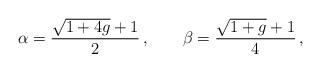
LaTeX: \begin{align*}\alpha=\frac{\sqrt{1+4g}+1}{2}\,,\qquad \beta=\frac{\sqrt{1+g}+1}{4} \,, \end{align*}